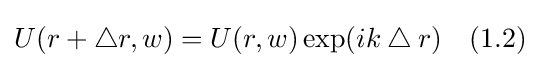
U(r+\bigtriangleup r,w)=U(r,w)\exp(ik\bigtriangleup r)\quad (1.2)